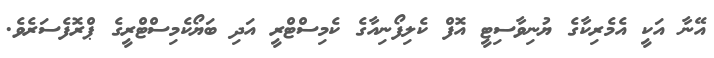
އޭނާ އަކީ އެމެރިކާގެ ޔުނިވާސިޓީ އޮފް ކެލިފޯނިއާގެ ކެމިސްޓްރީ އަދި ބަޔޯކެމިސްޓްރީގެ ޕްރޮފެސަރެވެ.